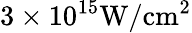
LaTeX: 3\times 10^{15}\mathrm{{W/cm^{2}}}